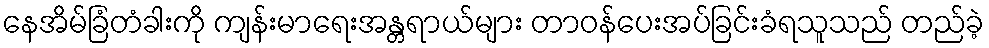
နေအိမ်ခြံတံခါးကို ကျန်းမာရေးအန္တရာယ်များ တာဝန်ပေးအပ်ခြင်းခံရသူသည် တည်ခဲ့